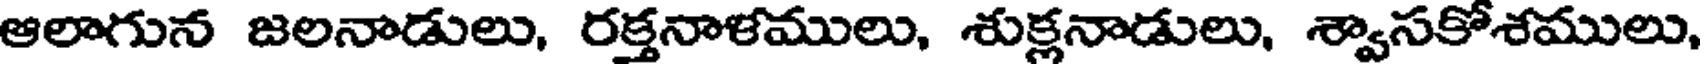
ఆలాగున జలనాడులు, రక్తనాళములు, శుక్లనాడులు, శ్వాసకోశములు,